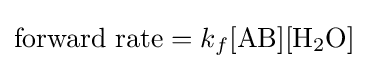
{\text{forward rate}}=k_{f}{[\mathrm {AB} ][\mathrm {H} {\vphantom {A}}_{\smash[{t}]{2}}\mathrm {O} ]}